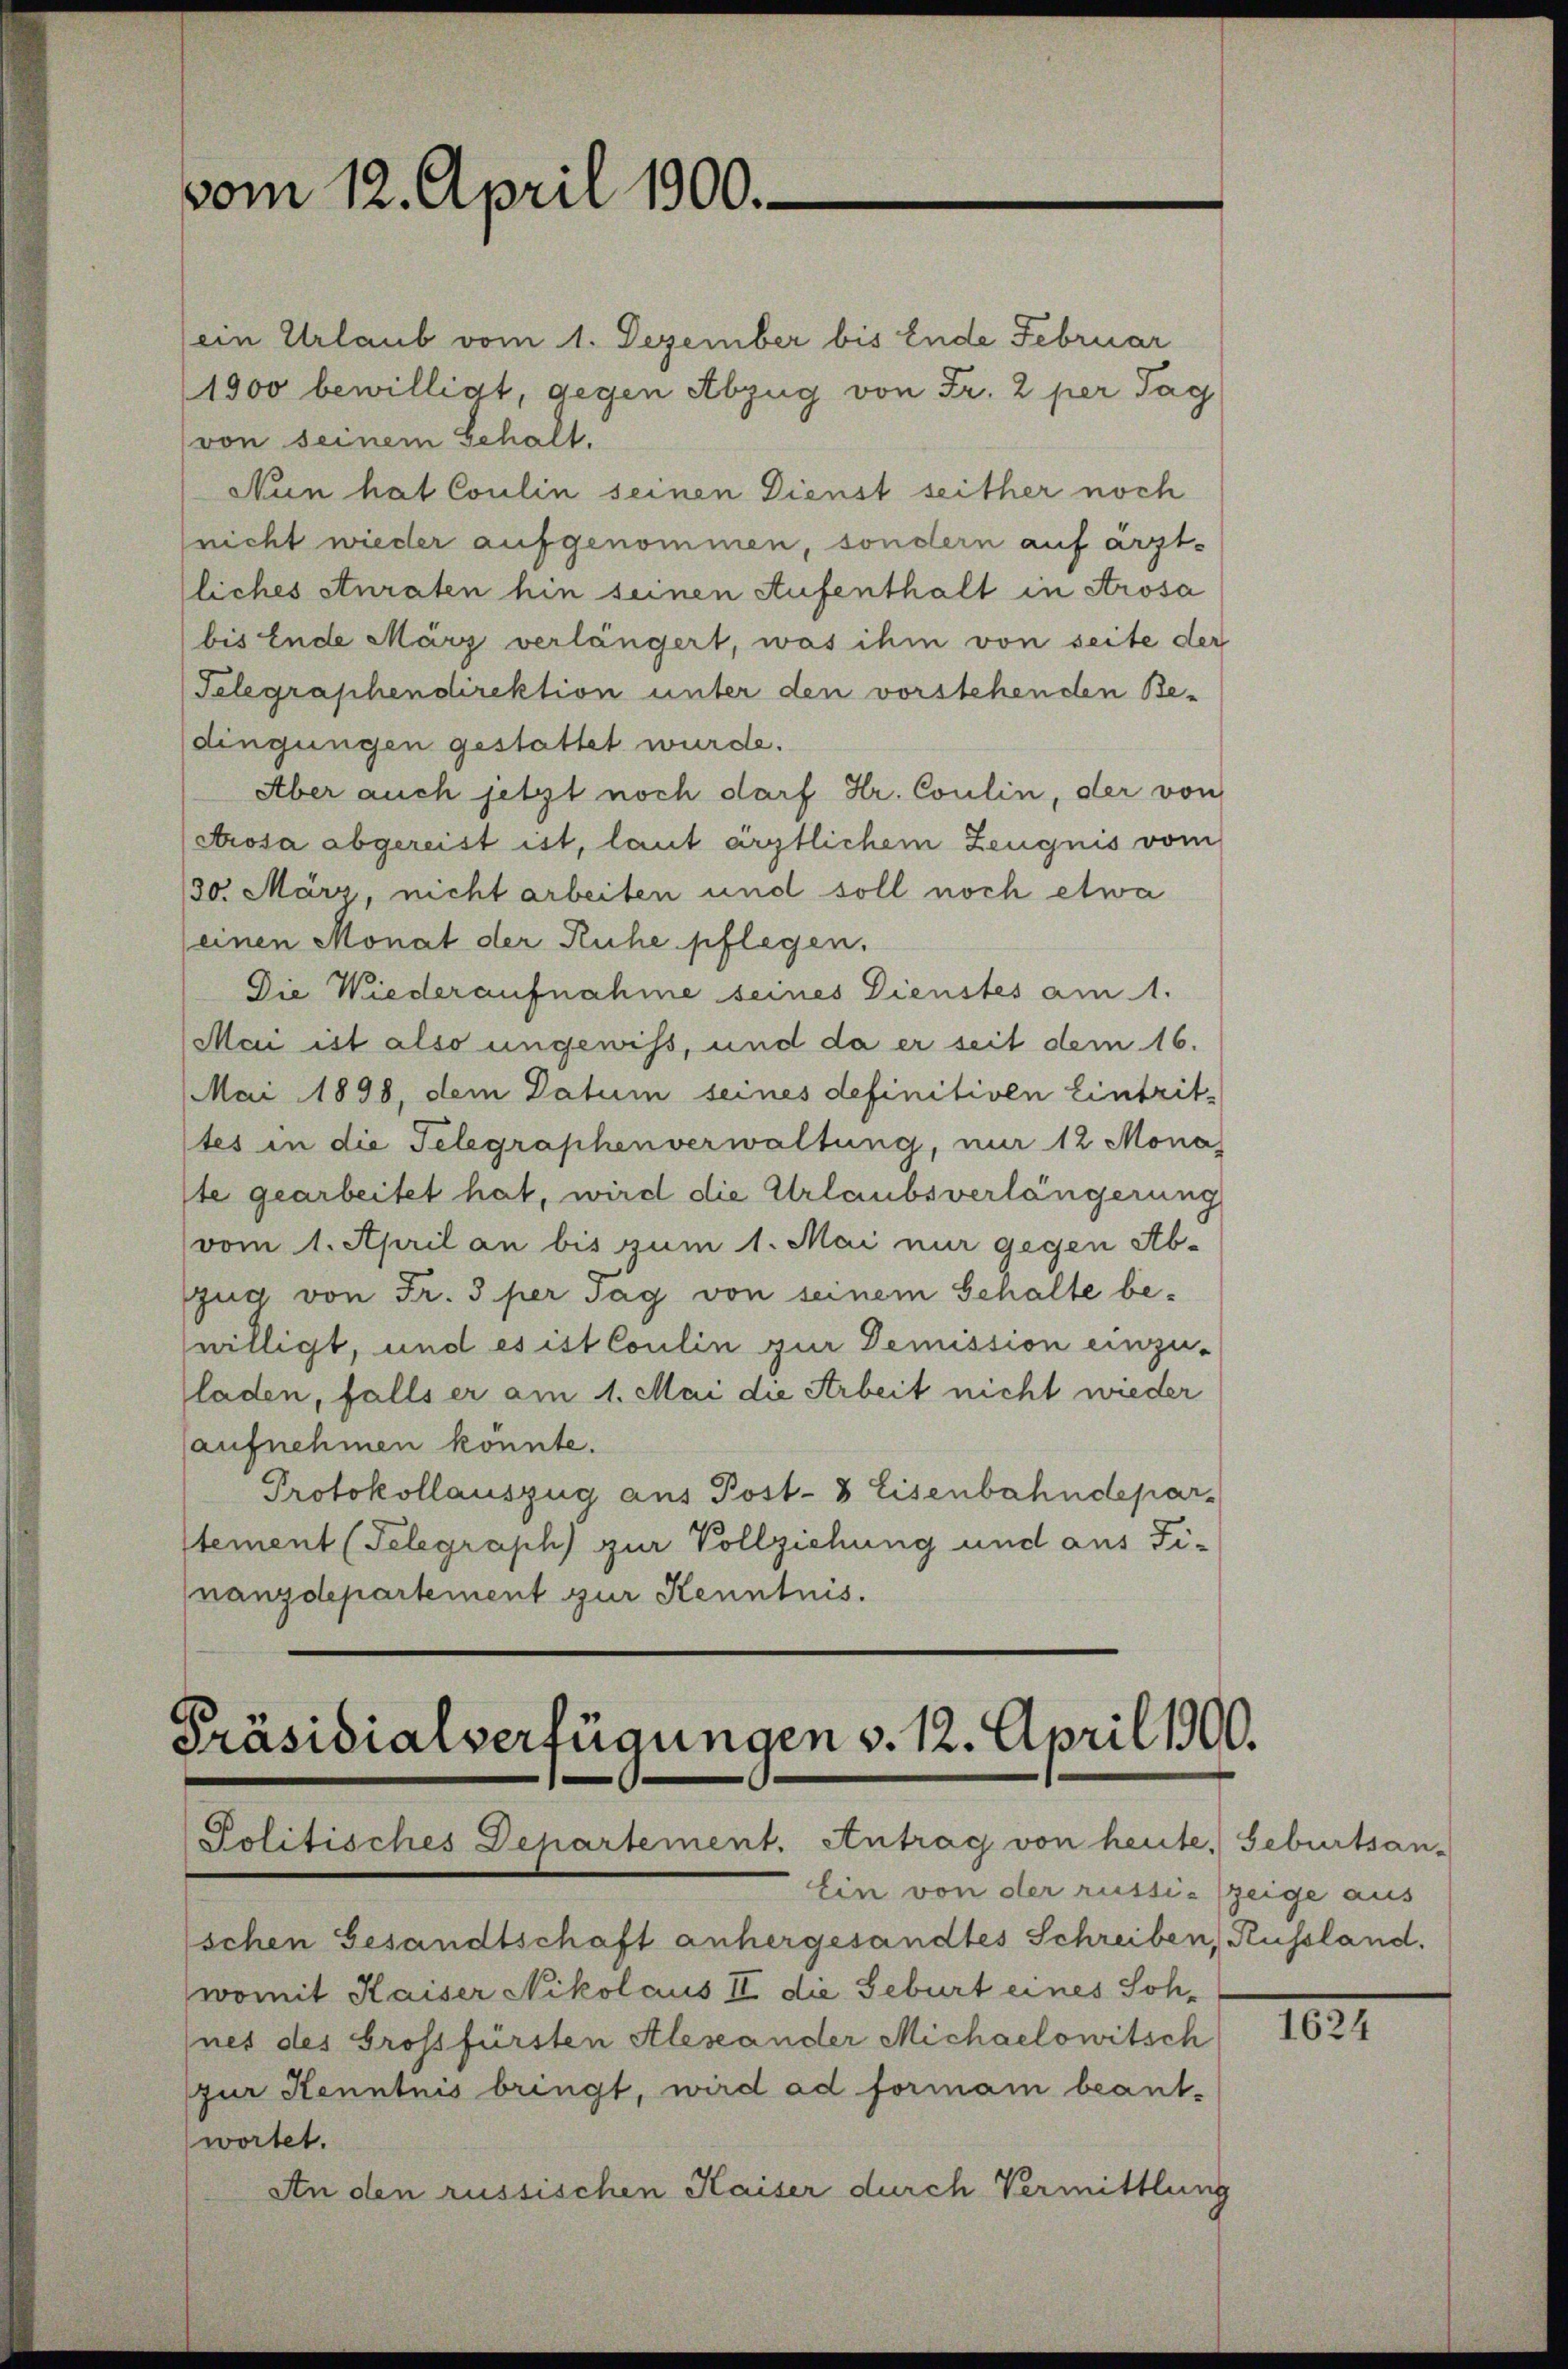
vom 12. April 1900.

ein Urlaub vom 1. Dezember bis Ende Februar
1900 bewilligt, gegen Abzug von Fr. 2 per Tag
von seinem Gehalt.
Nun hat Coulin seinen Dienst seither noch
nicht wieder aufgenommen, sondern auf ärztliches sturaten hin seinen Aufenthalt in Arosa
bis Ende März verlängert, was ihm von seite der
Telegraphendirektion unter den vorstehenden Be-
dingungen gestattet wurde.
Aber auch jetzt noch darf Hr. Coulin, der von
etrosa abgereist ist, laut ärztlichem Zeugnis vom
30. März, nicht arbeiten und soll noch etwa
einen Monat der Ruhe pflegen.
Die Wiederaufnahme seines Dienstes am 1.
Mai ist also ungewiss, und da er seit dem 16.
Mai 1898, dem Datum seines definitiven Eintrit-
tes in die Telegraphenverwaltung, nur 12 Mona
te gearbeitet hat, wird die Urlaubsverlängerung
vom 1. April an bis zum 1. Mai mir gegen Ab-
szug von Fr. 3 per Tag von seinem Gehalte bewilligt, und es ist Coulin zur Demission einzu-
laden, falls er am 1. Mai die Arbeit nicht wieder
aufnehmen könnte.
Protokollauszug aus Post- & Eisenbahndepar-
stement (Telegraph) zur Vollziehung und aus Fi-
nanzdepartement zur Kenntnis.

Präsidialverfügungen v. 12. April 1900.
Politisches Departement. Antrag von heute. Geburtsan-

schen Gesandtschaft anhergesandtes Schreiben, Russland.
womit Kaiser Nikolaus II die Geburt eines Sohnes des Grossfürsten Aleseander Michaelowitsch
zur Kenntnis bringt, wird ad formam beant-
wortet.
An den russischen Kaiser durch Vermittlung

Ein von der russie zeige aus

1624